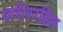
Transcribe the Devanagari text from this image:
शरीररहित